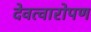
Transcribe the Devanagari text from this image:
देवत्वारोपण